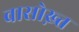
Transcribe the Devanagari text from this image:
वासोख़्त